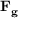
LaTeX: \mathbf { F _ { g } }